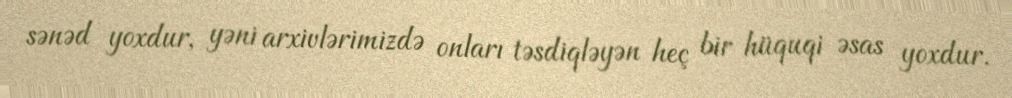
sənəd yoxdur, yəni arxivlərimizdə onları təsdiqləyən heç bir hüquqi əsas yoxdur.